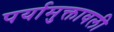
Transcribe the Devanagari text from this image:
पर्यामुक्तावली